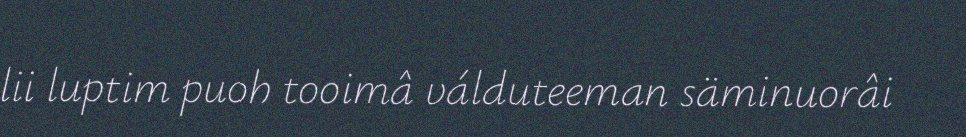
lii luptim puoh tooimâ válduteeman säminuorâi